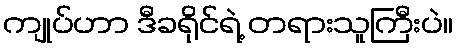
ကျုပ်ဟာ ဒီခရိုင်ရဲ့ တရားသူကြီးပဲ။